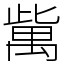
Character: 歶